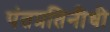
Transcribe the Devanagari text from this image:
पंतप्रतिनीधी